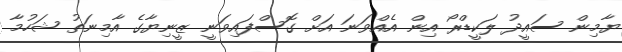
ޔާމިން ސައީދު ލަކީޑްރޯ އިން އެއްވަނަ އަށް ގޮސްފައިވަނީ ޒީނިޔާގެ އާމިނަތު ޝަހުމާ